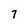
Character: 7